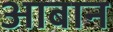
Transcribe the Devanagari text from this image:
आबान